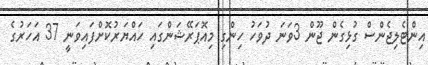
އިންޓެލިޖެންސް ގުޅިގެން ޖޫން 3ވަނަ ދުވަހު ހިންގި މިއޮޕަރޭޝަންގައި ހައްޔަރުކޮށްފައިވަނީ 37 އަހަރުގެ